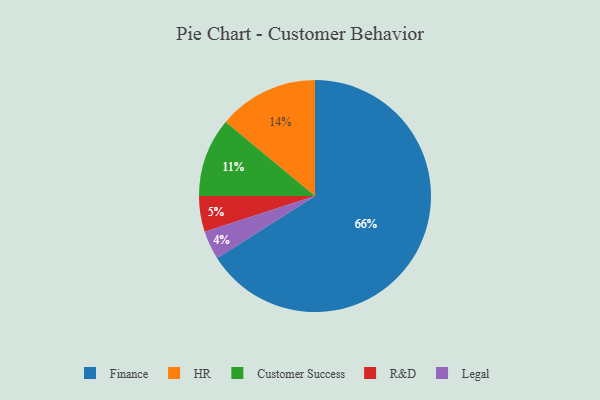
{"axis": {"x": "Category", "y": "Percentage"}, "legend": ["Customer Success", "Finance", "HR", "Legal", "R&D"], "data": [{"x": "Customer Success", "y": 11, "type": "Customer Success"}, {"x": "Finance", "y": 66, "type": "Finance"}, {"x": "R&D", "y": 5, "type": "R&D"}, {"x": "HR", "y": 14, "type": "HR"}, {"x": "Legal", "y": 4, "type": "Legal"}]}